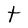
Character: t